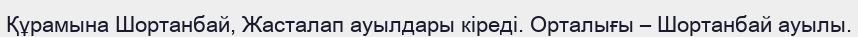
Құрамына Шортанбай, Жасталап ауылдары кіреді. Орталығы – Шортанбай ауылы.